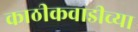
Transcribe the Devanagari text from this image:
काठीकवाडीच्या